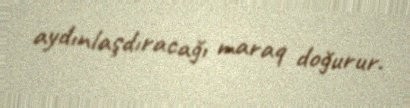
aydınlaşdıracağı maraq doğurur.